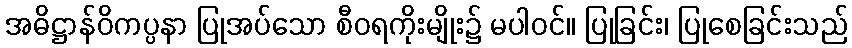
အဓိဋ္ဌာန်ဝိကပ္ပနာ ပြုအပ်သော စီဝရကိုးမျိုး၌ မပါဝင်။ ပြုခြင်း၊ ပြုစေခြင်းသည်